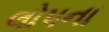
લોપના